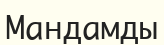
Мандамды